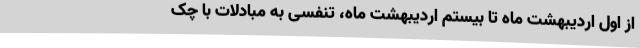
از اول اردیبهشت ماه تا بیستم اردیبهشت ماه، تنفسی به مبادلات با چک